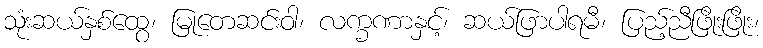
သုံးဆယ်နှစ်ထွေ၊ မြုတေဆင်းဝါ၊ လက္ခဏာနှင့်၊ ဆယ်ဖြာပါရမီ၊ ပြည့်ညီဖြိုးဖြိုး၊